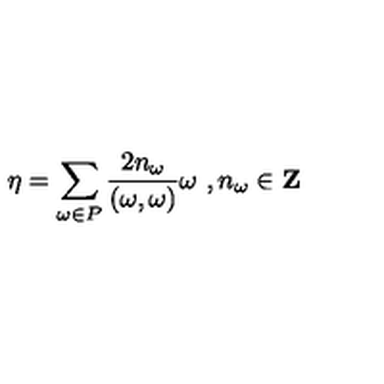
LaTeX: \eta = \sum _ { \omega \in P } \frac { 2 n _ { \omega } } { ( \omega , \omega ) } \omega \ , n _ { \omega } \in { \bf Z }